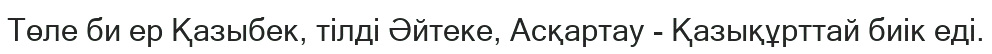
Төле би ер Қазыбек, тілді Әйтеке, Асқартау - Қазықұрттай биік еді.